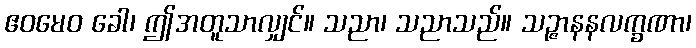
ဧဝမေဝ ခေါ၊ ဤအတူသာလျှင်။ သညာ၊ သညာသည်။ သဉ္ဇာနနလက္ခဏာ၊